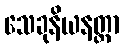
သေခုနိယနတ္တာ